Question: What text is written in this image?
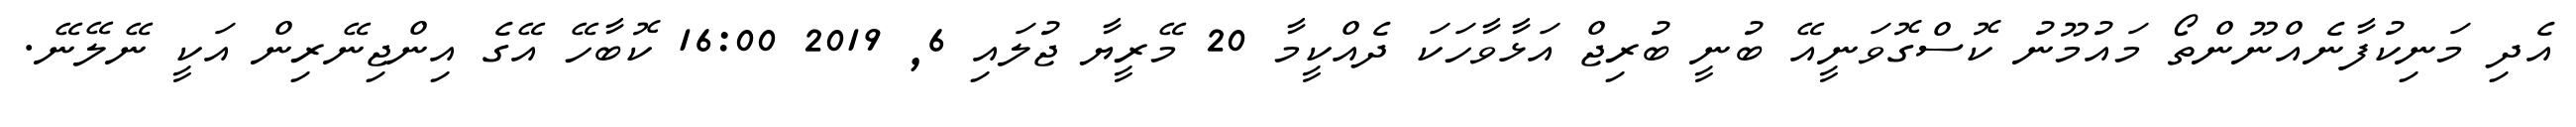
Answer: އެދި މަނިކުފާނެއްނޫންތޯ މައުމޫނު ކޮސްގޮވަނީއޭ ބުނީ ބުރިޖް އަޅާވާހަކަ ދެއްކީމާ 20 މޭރީޔާ ޖުލައި 6, 2019 16:00 ކޮބާހޭ އޭގެ އިންޖިނޭރިން އަކީ ނޭލޭނޭ.